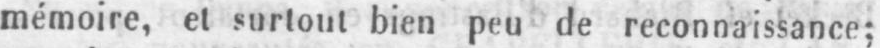
mémoire, et surtout bien peu de reconnaissance;